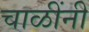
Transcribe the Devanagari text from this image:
चाळींनी